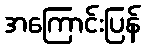
အကြောင်းပြန်